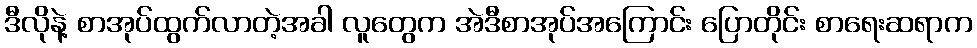
ဒီလိုနဲ့ စာအုပ်ထွက်လာတဲ့အခါ လူတွေက အဲဒီစာအုပ်အကြောင်း ပြောတိုင်း စာရေးဆရာက